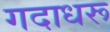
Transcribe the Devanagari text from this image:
गदाधरू